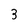
Character: 3